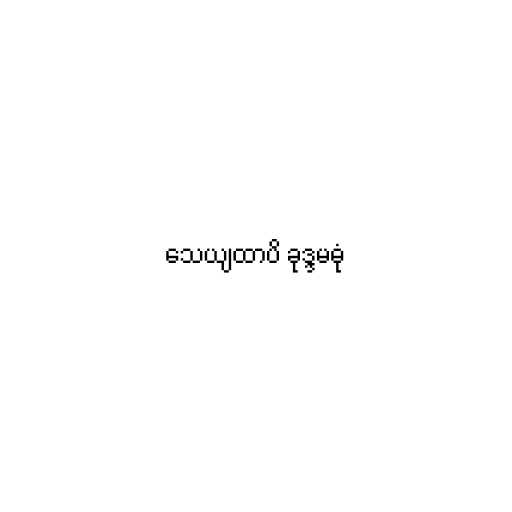
သေယျထာပိ ခုဒ္ဒမဓုံ